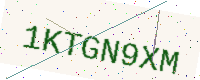
Text: 1KTGN9XM